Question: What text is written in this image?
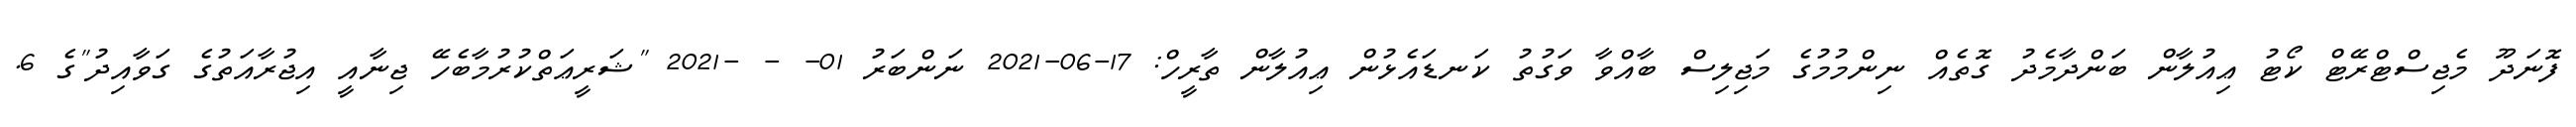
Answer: ފޮނަދޫ މެޖިސްޓްރޭޓް ކޯޓު ޢިއުލާން ބަންދާމެދު ގޮތެއް ނިންމުމުގެ މަޖިލިސް ބާއްވާ ވަގުތު ކަނޑައެޅުން ޢިއުލާން ތާރީހް: 17-06-2021 ނަންބަރު 01- - -2021 "ޝަރީޢަތްކުރުމާބެހޭ ޖިނާއީ އިޖުރާއަތުގެ ގަވާއިދު"ގެ 6.